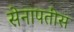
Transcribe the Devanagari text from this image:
सेनापतीस